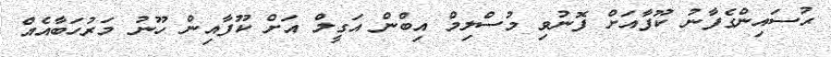
ޙުސައިންގެފާނު ކޫފާއަށް ފޮނުވި މުސްލިމް އިބްން އަގީލް އަށް ކޫފާއިން ހޫނު މަރުހަބާއެއް